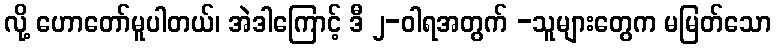
လို့ ဟောတော်မူပါတယ်၊ အဲဒါကြောင့် ဒီ ၂-ဝါရအတွက် -သူများတွေက မမြတ်သော